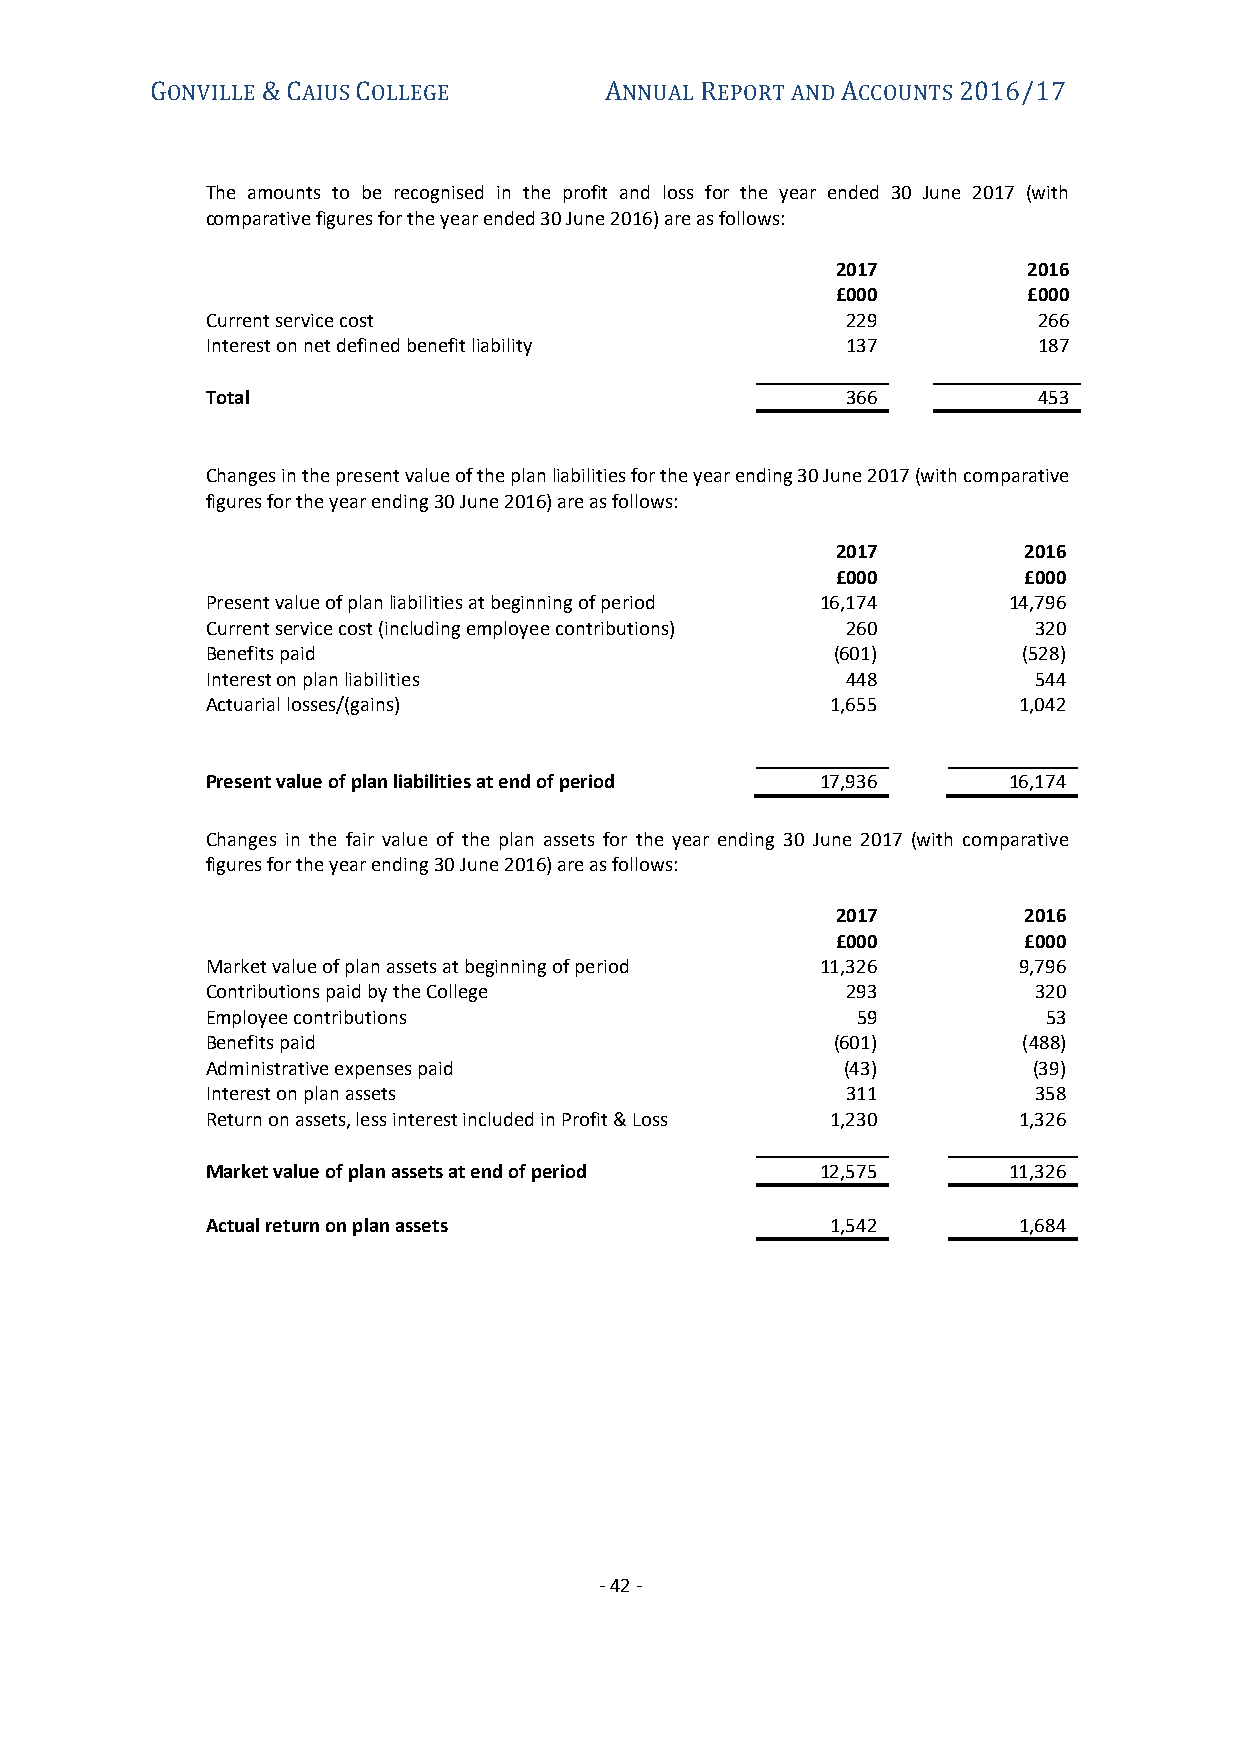
ONVILLE  AIUS OLLEGE          NNUAL EPORT AND CCOUNTS
 G      &C     C               A     R         A      2016/17
 The amounts to be recognised in the profit and loss for the year ended 30 June 2017 (with
 comparative figures for the year ended 30 June 2016) are as follows:
 2017         2016
 £000         £000
 Current service cost                      229          266
 Interest on net defined benefit liability 137          187
 Total                                     366          453
 Changes in the present value of the plan liabilities for the year ending 30 June 2017 (with comparative
 figures for the year ending 30 June 2016) are as follows:
 2017         2016
 £000         £000
 Present value of plan liabilities at beginning of period 16,174 14,796
 Current service cost (including employee contributions) 260 320
 Benefits paid                            (601)        (528)
 Interest on plan liabilities              448         544
 Actuarial losses/(gains)                 1,655       1,042
 Present value of plan liabilities at end of period 17,936 16,174
 Changes in the fair value of the plan assets for the year ending 30 June 2017 (with comparative
 figures for the year ending 30 June 2016) are as follows:
 2017         2016
 £000         £000
 Market value of plan assets at beginning of period 11,326 9,796
 Contributions paid by the College         293         320
 Employee contributions                     59          53
 Benefits paid                            (601)        (488)
 Administrative expenses paid              (43)        (39)
 Interest on plan assets                   311         358
 Return on assets, less interest included in Profit & Loss 1,230 1,326
 Market value of plan assets at end of period 12,575  11,326
 Actual return on plan assets             1,542       1,684
 - 42 -